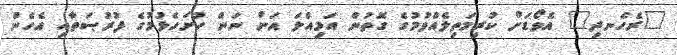
"ރެހެނދި" އެވޯޑަށް ކުރިމަތިލެއްވުމުގެ ގޮތުން އަމިއްލަ އަށް ނަން ހުށަހެޅުމުގެ ފުރުޞަތާއި އެހެން